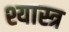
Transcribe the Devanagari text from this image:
श्यास्त्र